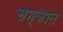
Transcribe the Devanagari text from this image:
सन्जात